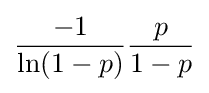
{\frac {-1}{\ln(1-p)}}{\frac {p}{1-p}}